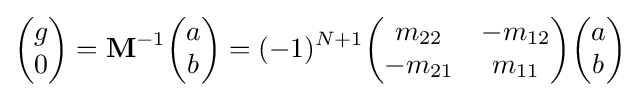
{\begin{pmatrix}g\\0\end{pmatrix}}=\mathbf {M} ^{-1}{\begin{pmatrix}a\\b\end{pmatrix}}=(-1)^{N+1}{\begin{pmatrix}m_{22}&-m_{12}\\-m_{21}&m_{11}\end{pmatrix}}{\begin{pmatrix}a\\b\end{pmatrix}}